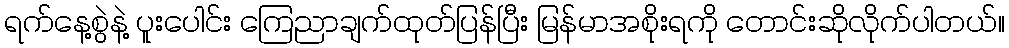
ရက်နေ့စွဲနဲ့ ပူးပေါင်း ကြေညာချက်ထုတ်ပြန်ပြီး မြန်မာအစိုးရကို တောင်းဆိုလိုက်ပါတယ်။